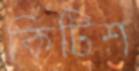
কিটিশ